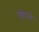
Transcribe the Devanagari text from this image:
सोप्जे